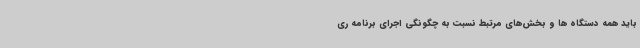
باید همه دستگاه ها و بخش‌های مرتبط نسبت به چگونگی اجرای برنامه ری